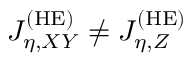
J _ { \eta , X Y } ^ { \mathrm { ( H E ) } } \neq J _ { \eta , Z } ^ { \mathrm { ( H E ) } }